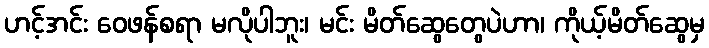
ဟင့်အင်း ဝေဖန်စရာ မလိုပါဘူး၊ မင်း မိတ်ဆွေတွေပဲဟာ၊ ကိုယ့်မိတ်ဆွေမှ